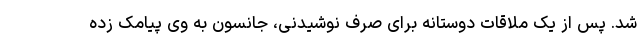
شد. پس از یک ملاقات دوستانه برای صرف نوشیدنی، جانسون به وی پیامک زده